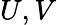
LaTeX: U,V